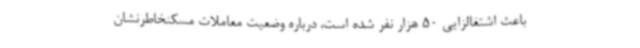
باعث اشتغالزایی 50 هزار نفر شده است، درباره وضعیت معاملات مسکنخاطرنشان